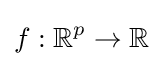
f:\mathbb {R} ^{p}\to \mathbb {R}